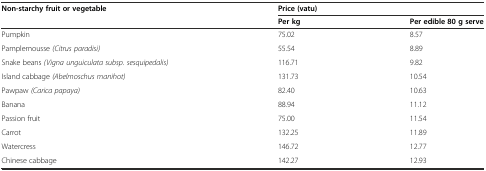
<table><thead><tr><td rowspan="2"><b>Non-starchy fruit or vegetable</b></td><td colspan="2"><b>Price (vatu)</b></td></tr><tr><td><b>Per kg</b></td><td><b>Per edible 80 g serve</b></td></tr></thead><tbody><tr><td>Pumpkin</td><td>75.02</td><td>8.57</td></tr><tr><td>Pamplemousse <i>(Citrus paradisi)</i></td><td>55.54</td><td>8.89</td></tr><tr><td>Snake beans <i>(Vigna unguiculata subsp. sesquipedalis)</i></td><td>116.71</td><td>9.82</td></tr><tr><td>Island cabbage <i>(Abelmoschus manihot)</i></td><td>131.73</td><td>10.54</td></tr><tr><td>Pawpaw <i>(Carica papaya)</i></td><td>82.40</td><td>10.63</td></tr><tr><td>Banana</td><td>88.94</td><td>11.12</td></tr><tr><td>Passion fruit</td><td>75.00</td><td>11.54</td></tr><tr><td>Carrot</td><td>132.25</td><td>11.89</td></tr><tr><td>Watercress</td><td>146.72</td><td>12.77</td></tr><tr><td>Chinese cabbage</td><td>142.27</td><td>12.93</td></tr></tbody></table>